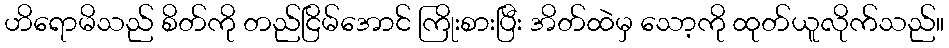
ဟိရောမိသည် စိတ်ကို တည်ငြိမ်အောင် ကြိုးစားပြီး အိတ်ထဲမှ သော့ကို ထုတ်ယူလိုက်သည်။